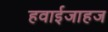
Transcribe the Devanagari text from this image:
हवाईजाहज